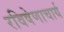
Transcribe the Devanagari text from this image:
रविषेणाचार्य